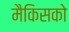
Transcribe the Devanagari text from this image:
मैकिसको